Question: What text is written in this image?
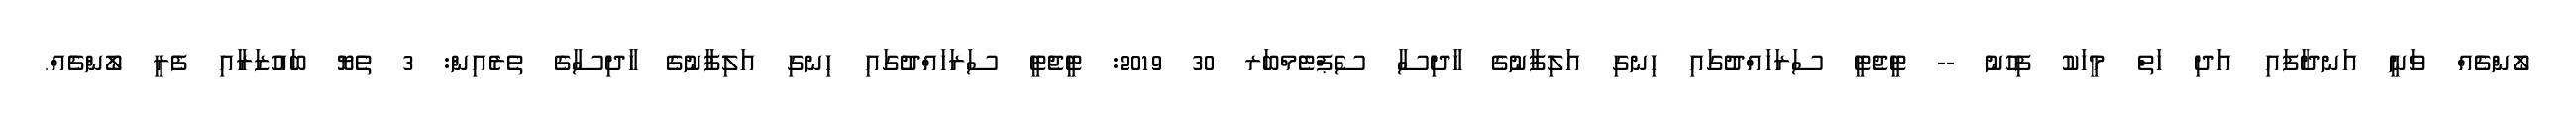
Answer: ލޯންޗެއް ވަނީ އަނދާފައި އަދި ހަތް މީހަކު ފިހުނު -- ޓީޖެޓީ ސަރަހައްދުގައި ހިނގި އަލިފާނުގެ ހާދިސާ ސެޕްޓެމްބަރ 30 2019: ޓީޖެޓީ ސަރަހައްދުގައި ހިނގި އަލިފާނުގެ ހާދިސާގެ ތެރެއިން: 3 ތެޔޮ ބައުޒަރާއި ފެރީ ލޯންޗެއް.